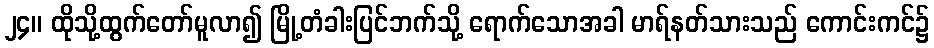
၂၄။ ထိုသို့ထွက်တော်မူလာ၍ မြို့တံခါးပြင်ဘက်သို့ ရောက်သောအခါ မာရ်နတ်သားသည် ကောင်းကင်၌